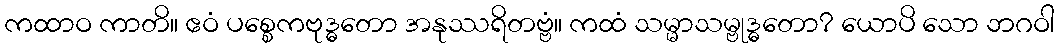
ကထာဝ ကာတိ။ ဧဝံ ပစ္စေကဗုဒ္ဓတော အနုဿရိတဗ္ဗံ။ ကထံ သမ္မာသမ္ဗုဒ္ဓတော? ယောပိ သော ဘဂဝါ